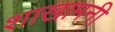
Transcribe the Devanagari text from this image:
शाखामनी